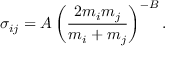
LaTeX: \sigma _ { i j } = A \left( \frac { 2 m _ { i } m _ { j } } { m _ { i } + m _ { j } } \right) ^ { - B } .